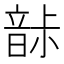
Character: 𩐡